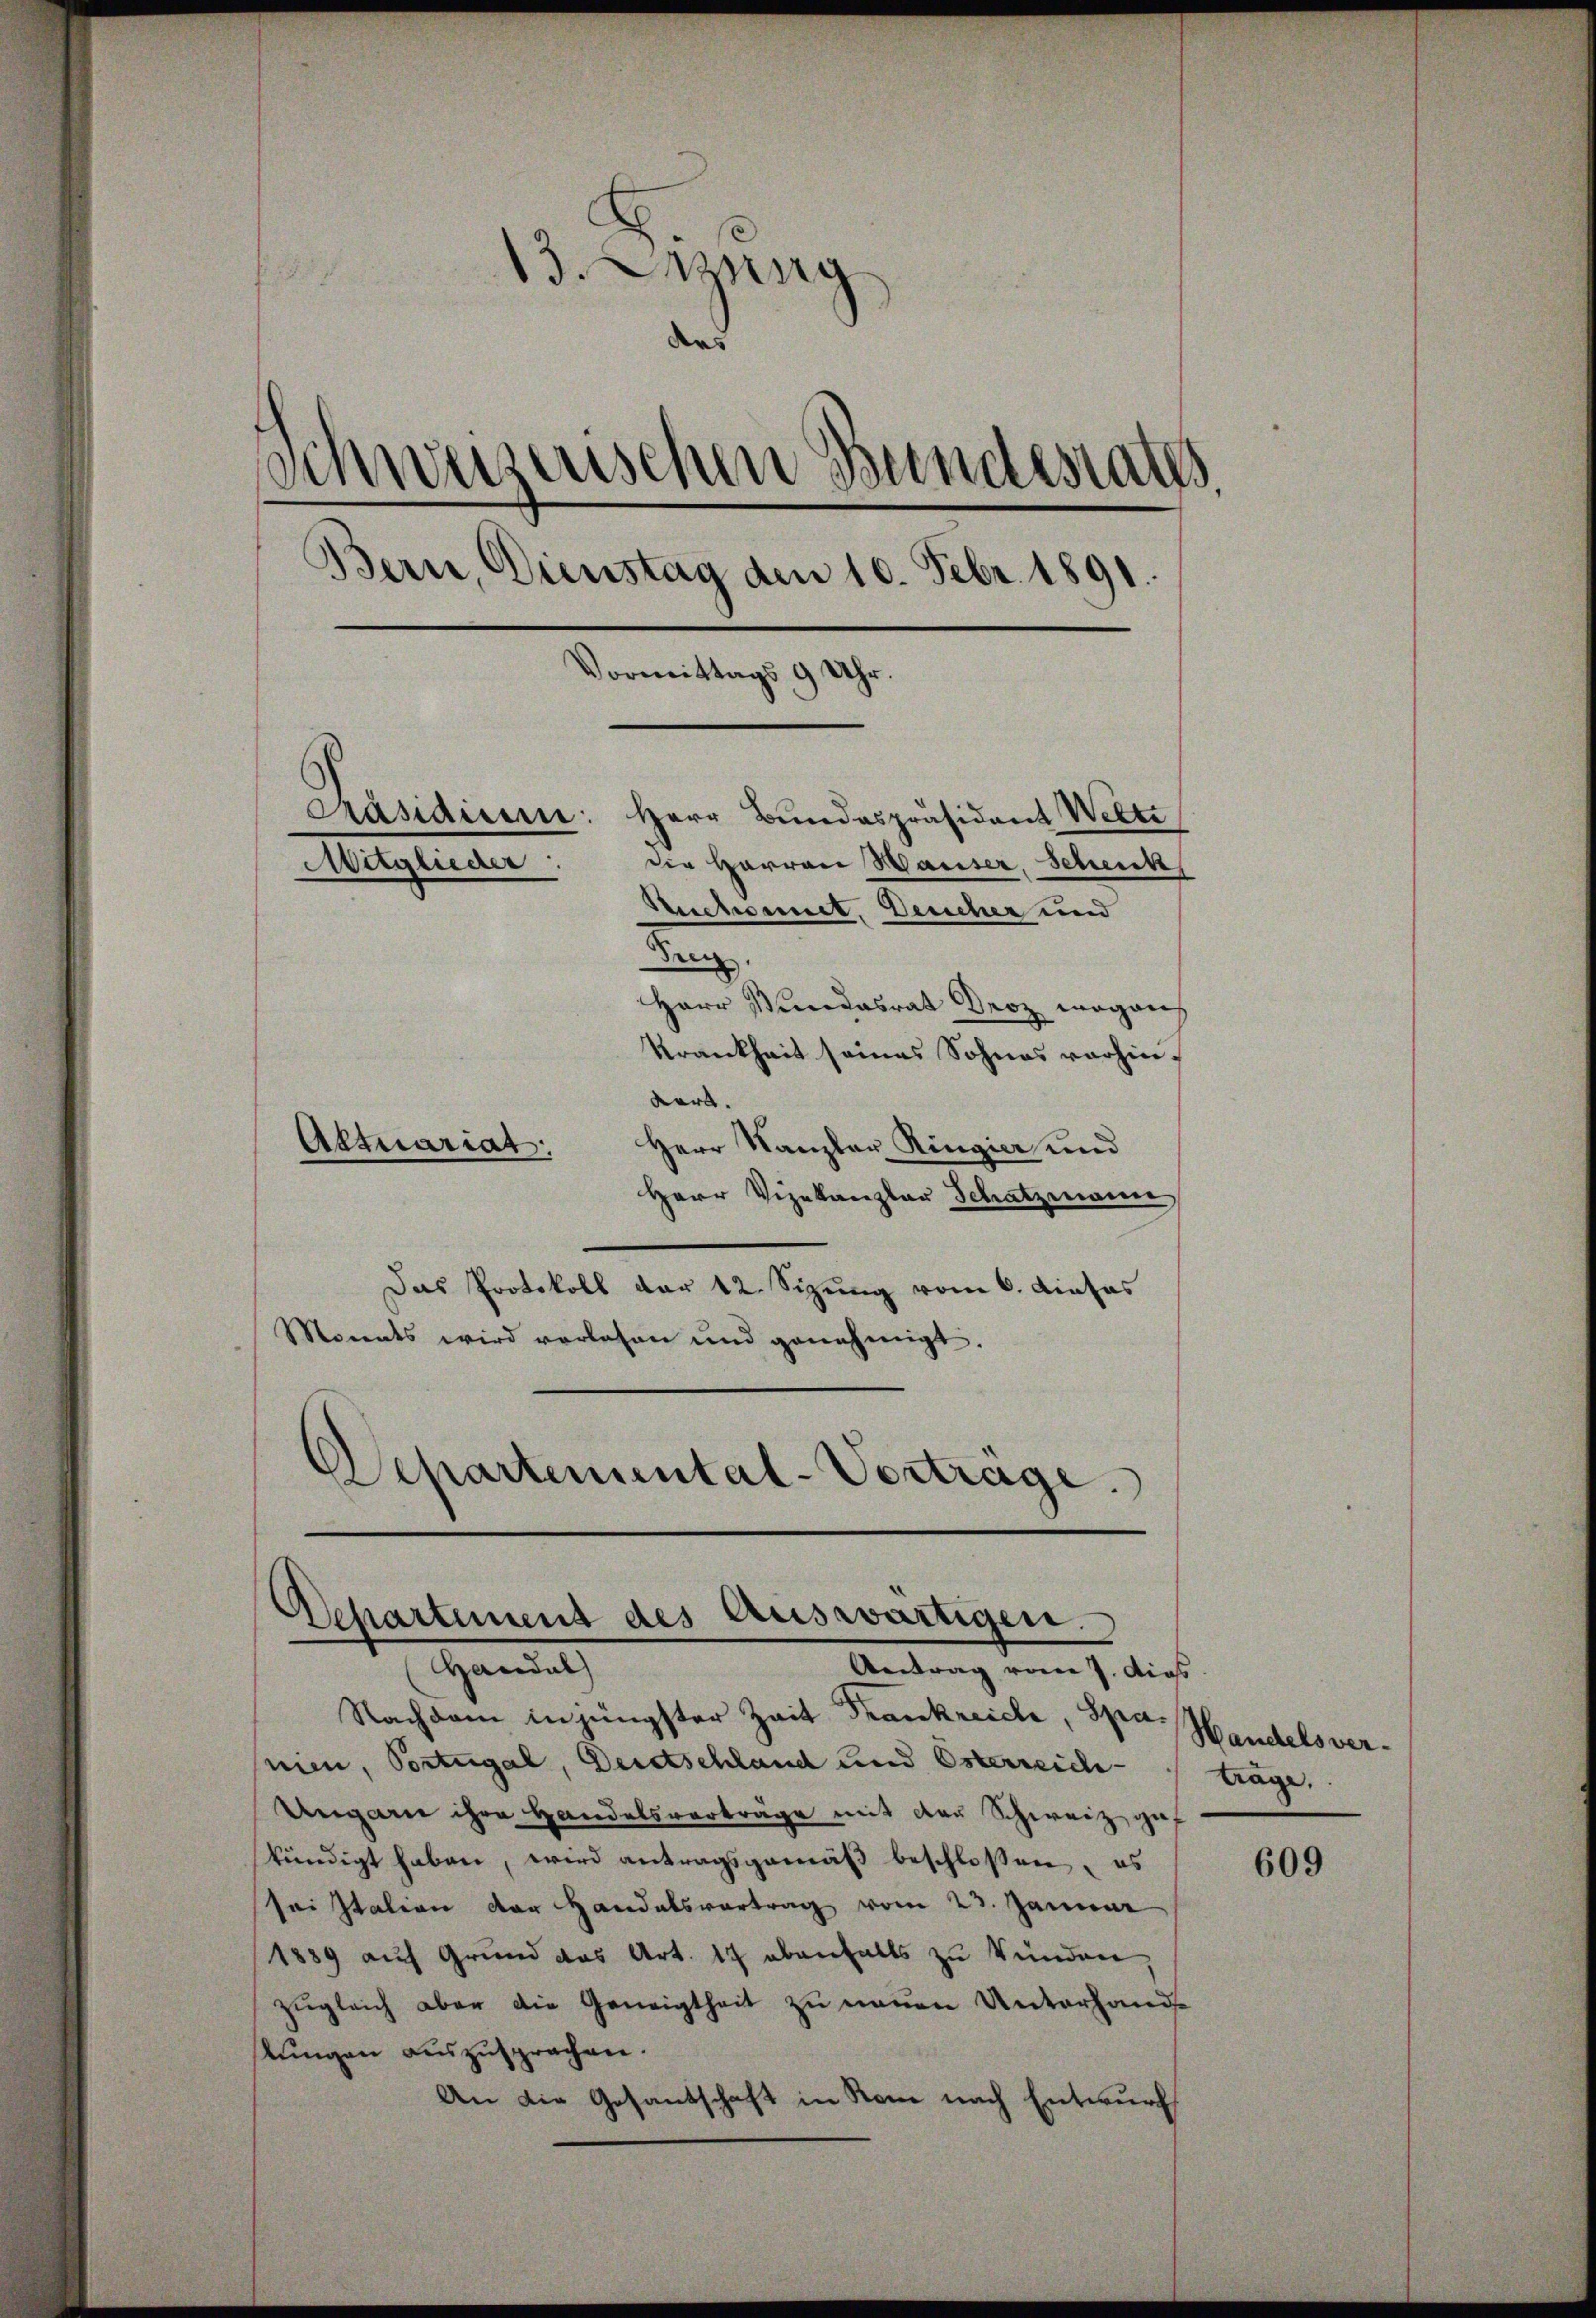
d
13. Denung
¬
das
Schweisenschen Bundesraths.
Bern, Dienstag den 10. Febr. 1891
Vormittags 9 Uhr.
Präsidium: Herr Bundespräsident Welti
Mitglieder
die Herren Waiser, Schenk
Sechsenet. Deucher und
den

Herr Stundesrat Droz mögens
Krankheit seines Sohnes vorhinward.
Aktuariat.
Herr Kanzler Ringier und
Herr Vizekanzlar Schatzmann,
Das Protokoll der 12. Sizung vom 6. dieses
Monats wird vorlesen und genehmigt.
Departemental-Vertrage.

Departement des Auswärtigen.
Handel
Antrag vom 7. dies

Nachdem in jüngster Zeit Frankreiche, Spanien, Portugal, Deretschland und Österreich-
Ungarn ihre Handelsverträge mit der Schweiz gef
kündigt haben, wird antragsgemäß beschloßen, es
sai Italion der Handelsvortrag vom 23. Januar
1889 auf Grund das Art. 17 ebenfalls zu Wunden
zugleich aber die Geneigtheit zu neuen Unterhande
stŭngen auszusprachen.
An die Gesandtschaft in Rein nach Entwurf

Handelsvertrage.

609